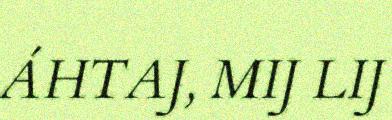
ÁHTAJ, MIJ LIJ